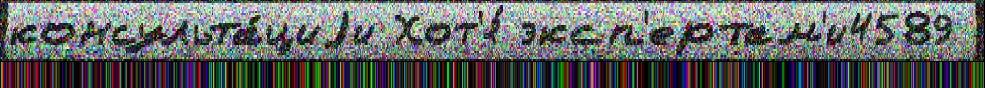
консульта́циjи Хот'я́ эксп'ертам'и4589